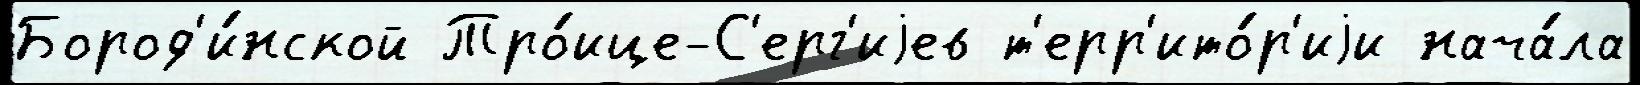
Бород'и́нской Тро́ице-С'ерг'иjев т'ерр'ито́р'иjи нача́ла